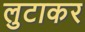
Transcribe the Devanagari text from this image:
लुटाकर